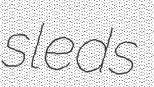
sleds